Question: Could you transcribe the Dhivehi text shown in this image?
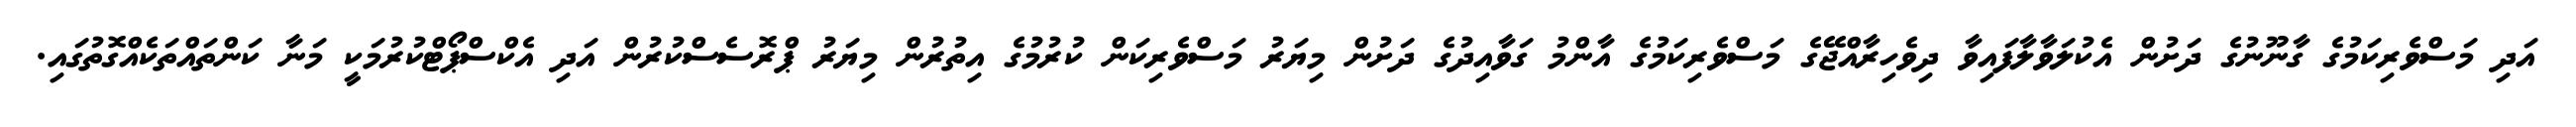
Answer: އަދި މަސްވެރިކަމުގެ ގާނޫނުގެ ދަށުން އެކުލަވާލާފައިވާ ދިވެހިރާއްޖޭގެ މަސްވެރިކަމުގެ އާންމު ގަވާއިދުގެ ދަށުން މިޔަރު މަސްވެރިކަން ކުރުމުގެ އިތުރުން މިޔަރު ޕްރޮސެސްކުރުން އަދި އެކްސްޕޯޓްކުރުމަކީ މަނާ ކަންތައްތަކެއްގޮތުގައި.